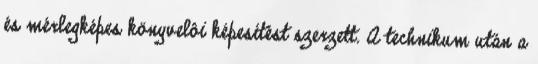
és mérlegképes könyvelôi képesítést szerzett. A technikum után a